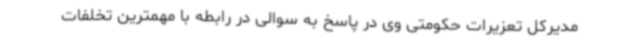
مدیرکل تعزیرات حکومتی وی در پاسخ به سوالی در رابطه با مهمترین تخلفات